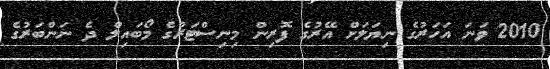
2010 ވަނަ އަހަރުގެ ނިޔަލަށް އޭރުގެ ފޮރިން މިނިސްޓަރުގެ މޯބައިލް ދެ ނަންބަރުގެ